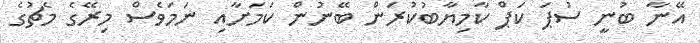
އޭނާ ބުނީ ސުޕަ ކަޕް ކާމިޔާބުކުރަން ބޭނުން ކަމަށާއި ނަމަވެސް މިރޭގެ މެޗުގެ